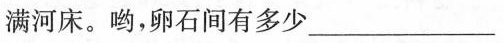
满河床。哟，卵石间有多少___